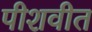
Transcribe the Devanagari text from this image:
पीशवीत